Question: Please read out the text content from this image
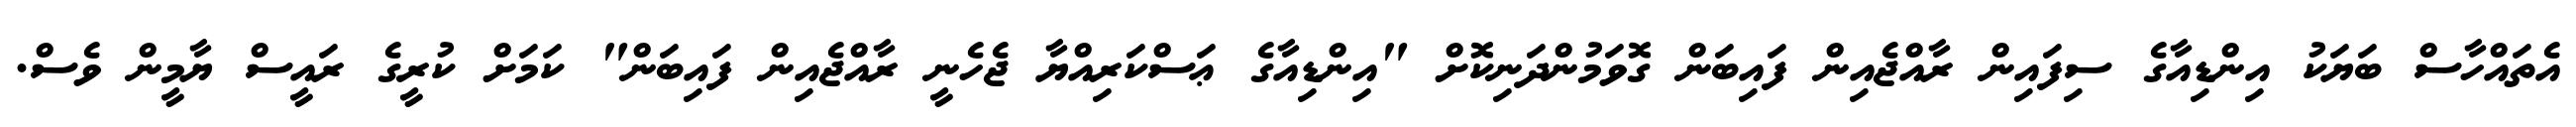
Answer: އެތައްހާސް ބަޔަކު އިންޑިއާގެ ސިފައިން ރާއްޖެއިން ފައިބަން ގޮވަމުންދަނިކޮށް "އިންޑިއާގެ ޢަސްކަރިއްޔާ ޖެހެނީ ރާއްޖެއިން ފައިބަން" ކަމަށް ކުރީގެ ރައީސް ޔާމީން ވެސް.